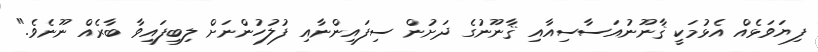
ފިޔަވަޅެއް އެޅުމަކީ ޤާނޫނުއަސާސިއާއި ޤާނޫނުގެ ދަށުން ސިފައިންނާއި ފުލުހުންނަށް ލިބިފައިވާ ބާރެއް ނޫނެވެ."